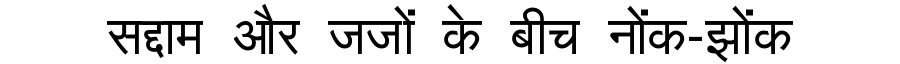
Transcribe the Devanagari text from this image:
सद्दाम और जजों के बीच नोंक-झोंक